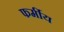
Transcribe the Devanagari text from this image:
फर्मीय